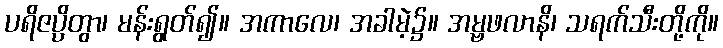
ပရိဇပ္ပိတွာ၊ မန်းရွတ်၍။ အကာလေ၊ အခါမဲ့၌။ အမ္ဗဖလာနိ၊ သရက်သီးတို့ကို။